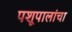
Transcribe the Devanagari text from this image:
पशूपालांचा